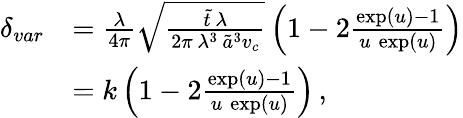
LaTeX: \begin{array}{rl}{\delta_{var}}&{=\frac{\lambda}{4\pi}\sqrt{\frac{\tilde{t}\, \lambda}{2\pi\, \lambda^{3}\, \tilde{a}^{3}v_{c}}}\left(1-2\frac{\exp(u)-1}{u\, \exp(u)}\right)}\\ &{=k\left(1-2\frac{\exp(u)-1}{u\, \exp(u)}\right)\, ,}\end{array}